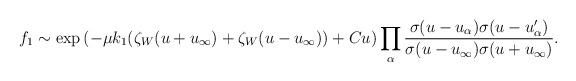
\begin{align*}f_1\sim\exp\left(-\mu k_1(\zeta_W(u+u_\infty)+\zeta_W(u-u_\infty))+Cu\right)\prod_\alpha \frac{\sigma(u-u_\alpha)\sigma(u-u'_\alpha)}{\sigma(u-u_\infty)\sigma(u+u_\infty)}.\end{align*}